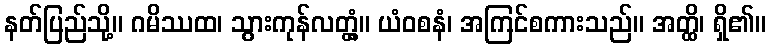
နတ်ပြည်သို့။ ဂမိဿထ၊ သွားကုန်လတ္တံ့။ ယံဝစနံ၊ အကြင်စကားသည်။ အတ္ထိ၊ ရှိ၏။